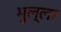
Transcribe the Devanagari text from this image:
भुल्ला